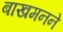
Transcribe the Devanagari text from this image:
बाखमनने